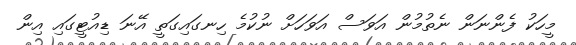
މީހަކު ފެންނަން ނެތުމުން އަވަސް އަވަހަށް ނުކުމެ ހިނގައިގަތީ އޭނަ ޑިއުޓީގައި އިން